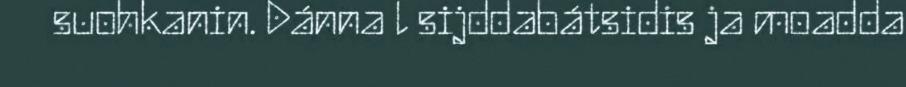
suohkanin. Dánna l sijddabátsidis ja moadda